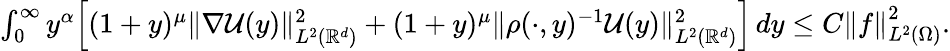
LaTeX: \begin{array}{r}{\int_{0}^{\infty}{y^{\alpha}\Big[(1+y)^{\mu}\| \nabla\mathcal{U}(y)\| _{L^{2}(\mathbb{R}^{d})}^{2}+(1+y)^{\mu}\| \rho(\cdot,y)^{-1}\mathcal{U}(y)\| _{L^{2}(\mathbb{R}^{d})}^{2}\Big]\, dy}\leq C\left\| f\right\| _{L^{2}(\Omega)}^{2}.}\end{array}